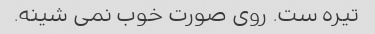
تیره ست. روی صورت خوب نمی شینه.